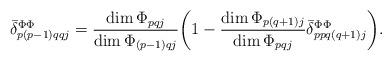
LaTeX: \begin{align*}\Bar{\delta}^{\Phi\Phi}_{p(p-1)qqj} = \frac{\dim \Phi_{pqj}}{\dim \Phi_{(p-1)qj}} \biggl( 1-\frac{\dim \Phi_{p(q+1)j}}{\dim \Phi_{pqj}} \Bar{\delta}^{\Phi\Phi}_{ppq(q+1)j} \biggr).\end{align*}